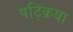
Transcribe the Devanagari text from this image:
षट्क्रिया